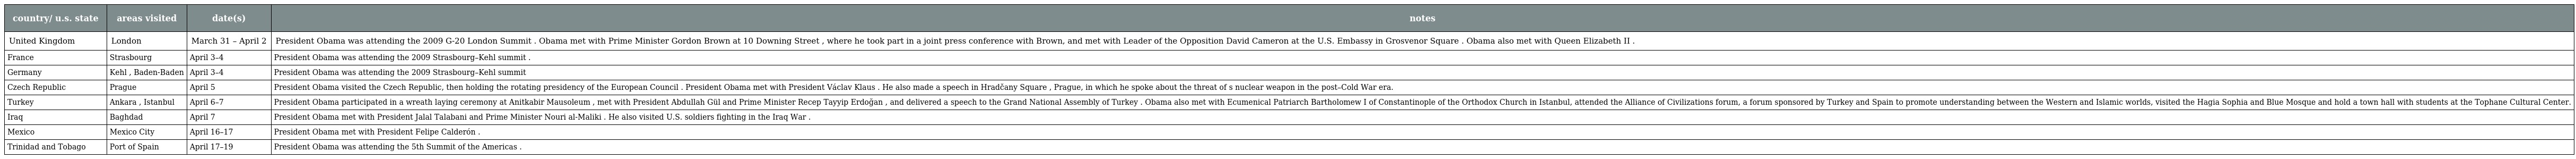
| country/ u.s. state | areas visited | date(s) | notes |
 | --- | --- | --- | --- |
 | United Kingdom | London | March 31 – April 2 | President Obama was attending the 2009 G-20 London Summit . Obama met with Prime Minister Gordon Brown at 10 Downing Street , where he took part in a joint press conference with Brown, and met with Leader of the Opposition David Cameron at the U.S. Embassy in Grosvenor Square . Obama also met with Queen Elizabeth II . |
 | France | Strasbourg | April 3–4 | President Obama was attending the 2009 Strasbourg–Kehl summit . |
 | Germany | Kehl , Baden-Baden | April 3–4 | President Obama was attending the 2009 Strasbourg–Kehl summit |
 | Czech Republic | Prague | April 5 | President Obama visited the Czech Republic, then holding the rotating presidency of the European Council . President Obama met with President Václav Klaus . He also made a speech in Hradčany Square , Prague, in which he spoke about the threat of s nuclear weapon in the post–Cold War era. |
 | Turkey | Ankara , Istanbul | April 6–7 | President Obama participated in a wreath laying ceremony at Anitkabir Mausoleum , met with President Abdullah Gül and Prime Minister Recep Tayyip Erdoğan , and delivered a speech to the Grand National Assembly of Turkey . Obama also met with Ecumenical Patriarch Bartholomew I of Constantinople of the Orthodox Church in Istanbul, attended the Alliance of Civilizations forum, a forum sponsored by Turkey and Spain to promote understanding between the Western and Islamic worlds, visited the Hagia Sophia and Blue Mosque and hold a town hall with students at the Tophane Cultural Center. |
 | Iraq | Baghdad | April 7 | President Obama met with President Jalal Talabani and Prime Minister Nouri al-Maliki . He also visited U.S. soldiers fighting in the Iraq War . |
 | Mexico | Mexico City | April 16–17 | President Obama met with President Felipe Calderón . |
 | Trinidad and Tobago | Port of Spain | April 17–19 | President Obama was attending the 5th Summit of the Americas . |